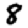
Digit: 8